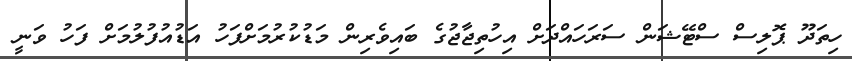
ހިތަދޫ ޕޮލިސް ސްޓޭޝަން ސަރަހައްދަށް އިހުތިޖާޖުގެ ބައިވެރިން މަޑުކުރުމަށްފަހު އަޑުއުފުލުމަށް ފަހު ވަނީ